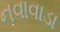
નવાવાડા